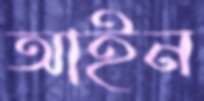
আইন